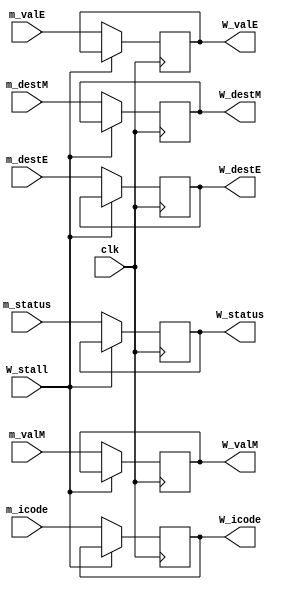
module wb_register(
    input clk,
    input [1:0] m_status,
    input [3:0] m_icode,
    input [63:0] m_valE,
    input [63:0] m_valM,
    input [3:0] m_destE,
    input [3:0] m_destM,
    input W_stall,


    output reg [3:0] W_icode,
    output reg [63:0] W_valE,
    output reg [63:0] W_valM,
    output reg [3:0] W_destE,
    output reg [3:0] W_destM,
    output reg [1:0] W_status

);
 always@(posedge clk)
    begin
        if(W_stall)
        begin
        end
        else
        begin
            W_status <= m_status;
            W_icode <= m_icode;
            W_valE <= m_valE;
            W_valM <= m_valM;
            W_destE <= m_destE;
            W_destM <= m_destM;
        end
    end
endmodule